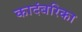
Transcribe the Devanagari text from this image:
कादंबरिका